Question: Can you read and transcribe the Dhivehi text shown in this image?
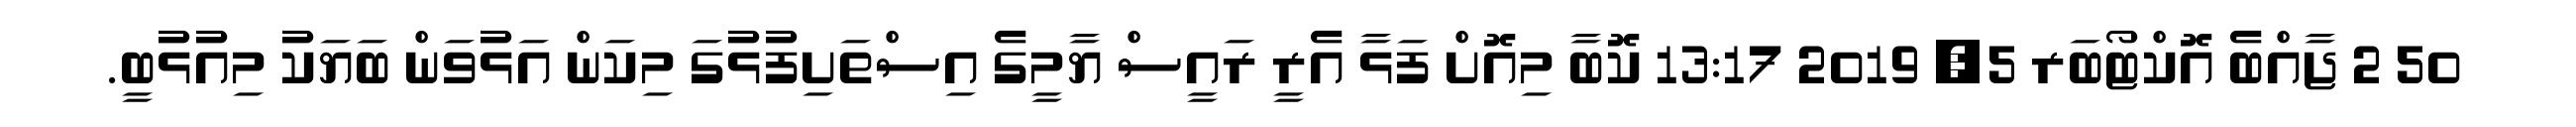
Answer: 50 2 ޖާއްބެ އޮކްޓޯބަރ 5, 2019 13:17 ކޮބާ މިއޮށް ފަޅާ އެރީ ރައީސް ޔާމީގެ އިސްތަށިފުޅުގަ މިކަން އަޅުވަން ބަޔަކު މިއުޅުބީ.